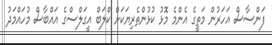
ފަންސާސް އަހަރުން މަތީގެ އެންމެ މޮޅު ކުޅުންތެރިޔަކަށް ކްލަބް އީގަލްސްގެ އައްބާސް މުހައްމަދު